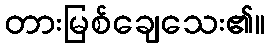
တားမြစ်ချေသေး၏။